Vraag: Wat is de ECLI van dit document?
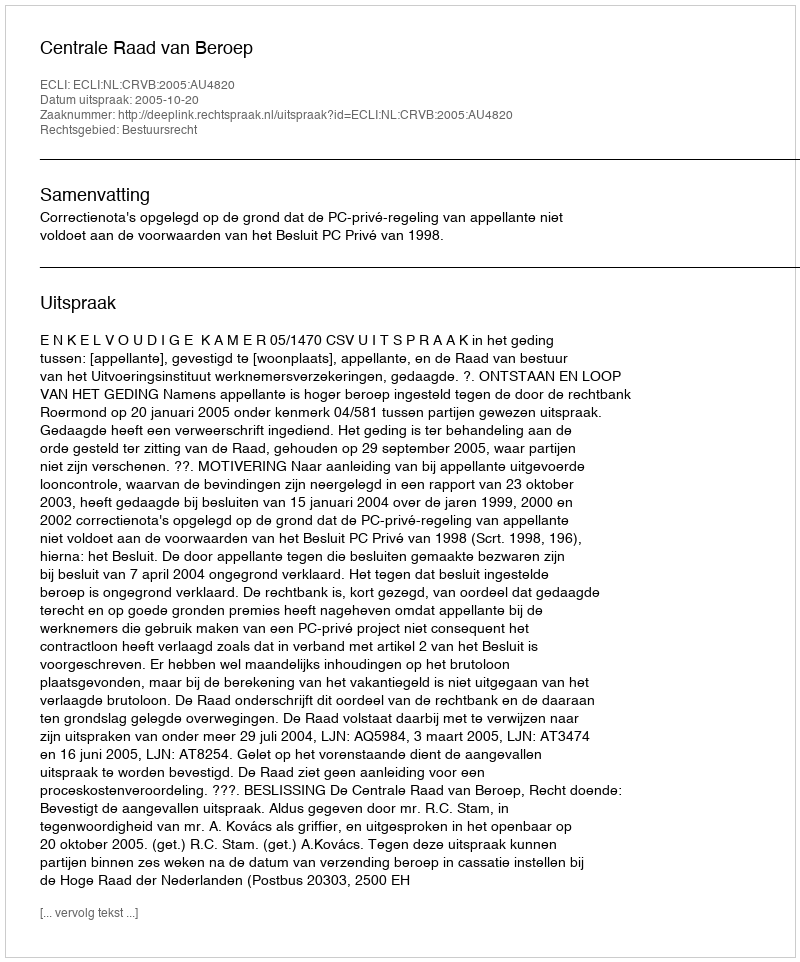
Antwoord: ECLI:NL:CRVB:2005:AU4820